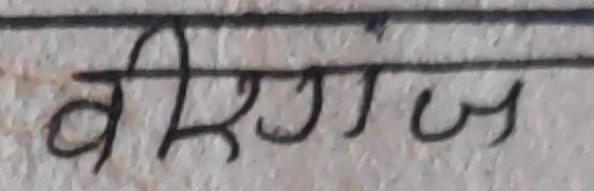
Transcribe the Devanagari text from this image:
वीरगंज